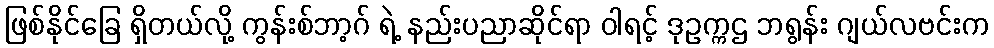
ဖြစ်နိုင်ခြေ ရှိတယ်လို့ ကွန်းစ်ဘာ့ဂ် ရဲ့ နည်းပညာဆိုင်ရာ ဝါရင့် ဒုဥက္ကဌ ဘရွန်း ဂျယ်လဗင်းက